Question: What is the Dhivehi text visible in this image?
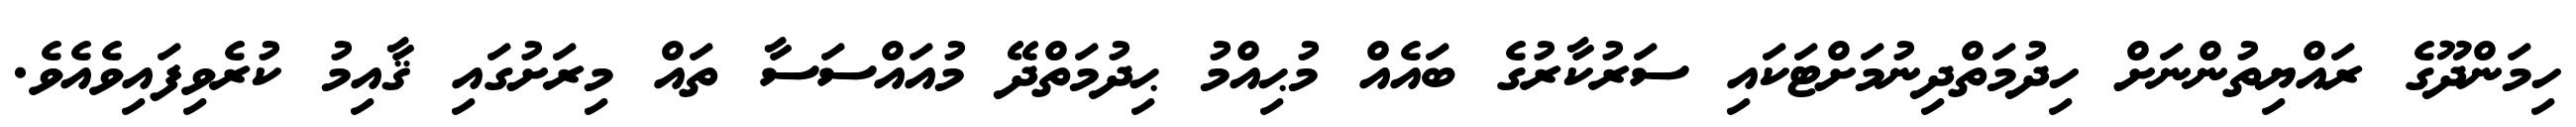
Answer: ހިމަންދޫގެ ރައްޔިތުންނަށް ހިދުމަތްދިނުމަށްޓަކައި ސަރުކާރުގެ ބައެއް މުޙިއްމު ޙިދުމަތްދޭ މުއައްސަސާ ތައް މިރަށުގައި ޤާއިމު ކުރެވިފައިވެއެވެ.